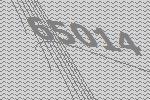
65014